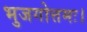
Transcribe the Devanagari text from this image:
भुजगोत्तमः।